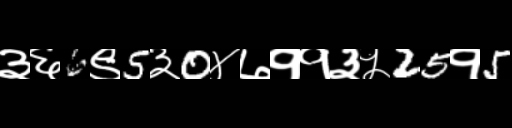
Text: ३६6९5३0४७११३५25१5